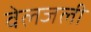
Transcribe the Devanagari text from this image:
वेलजली